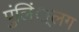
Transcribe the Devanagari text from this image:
पुंलिं्लग